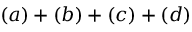
( a ) + ( b ) + ( c ) + ( d )